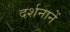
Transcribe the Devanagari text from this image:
दर्शनानें